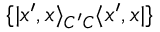
\{ | x ^ { \prime } , x \rangle _ { C ^ { \prime } C } \langle x ^ { \prime } , x | \}